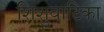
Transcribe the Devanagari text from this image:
शिशुवाटिका